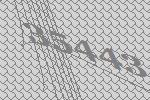
35443